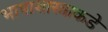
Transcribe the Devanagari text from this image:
भाषाशास्त्राकडे